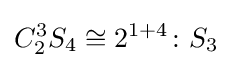
C_{2}^{3}S_{4}\cong 2^{1+4}\colon S_{3}